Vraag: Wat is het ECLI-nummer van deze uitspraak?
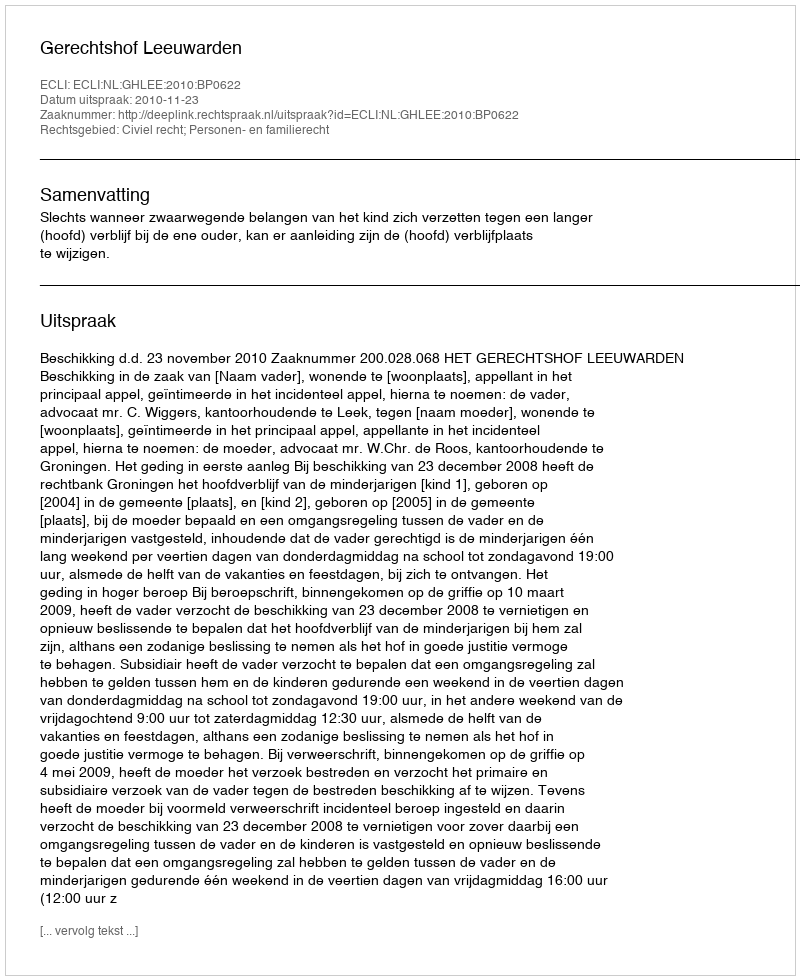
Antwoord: ECLI:NL:GHLEE:2010:BP0622